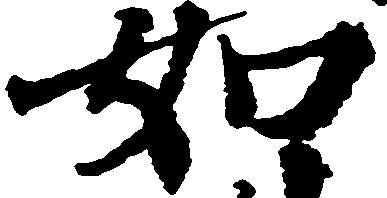
如